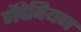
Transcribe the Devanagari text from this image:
गेंदेबियन